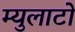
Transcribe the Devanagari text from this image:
म्युलाटो